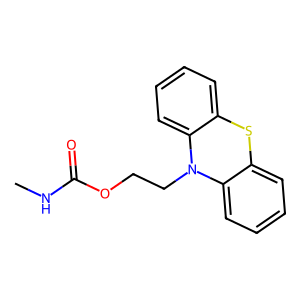
SMILES: CNC(=O)OCCN1c2ccccc2Sc2ccccc21
Inhibits HIV replication: No